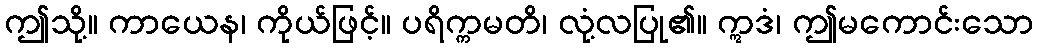
ဤသို့။ ကာယေန၊ ကိုယ်ဖြင့်။ ပရိက္ကမတိ၊ လုံ့လပြု၏။ ဣဒံ၊ ဤမကောင်းသော